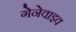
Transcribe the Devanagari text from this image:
गेनेवाइव